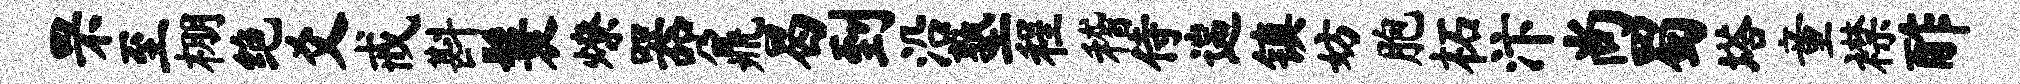
罘至棚绝爻戒斟鬟燎器鼐曷到沿塾程稽侍遄镇妨胞柘汴尚蜀塔童襟酢